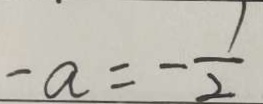
- a = - \frac { 1 } { 2 }